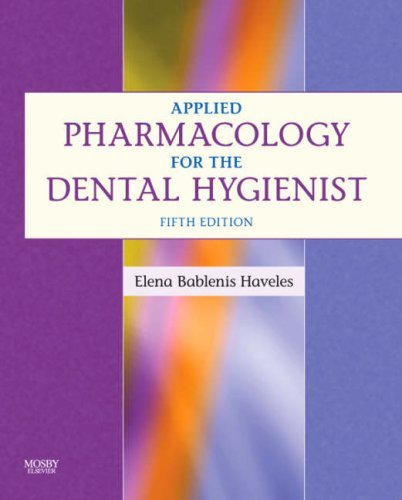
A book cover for Applied Pharmacology for the Dental Hygienist 5th ed; Elena Bablenis Haveles BS Pharm Pharm D; Medical Books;